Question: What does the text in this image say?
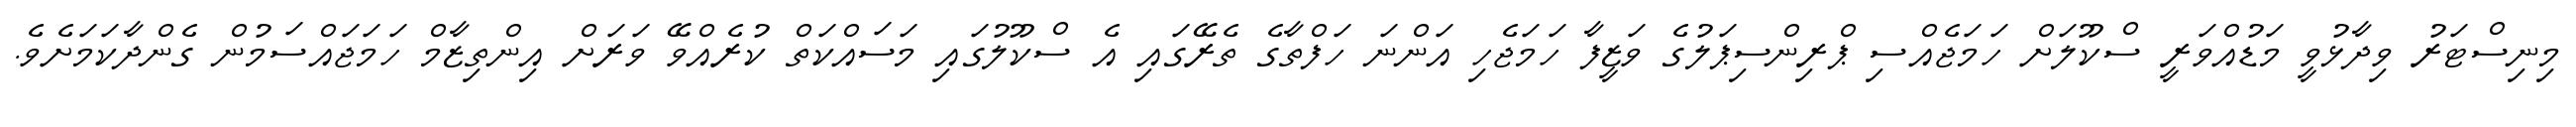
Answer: މިނިސްޓަރު ވިދާޅުވީ މަޑުއްވަރީ ސްކޫލަށް ހަމަޖެއްސި ޕްރިންސިޕަލުގެ ވަޒީފާ ހަމަޖެހި އަންނަ ހަފްތާގެ ތެރޭގައި އެ ސްކޫލުގައި މަސައްކަތް ކުރެއްވޭ ވަރަށް އިންތިޒާމް ހަމަޖައްސަމުން ގެންދާކަމަށެވެ.